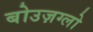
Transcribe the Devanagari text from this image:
बोउज़ग्लो